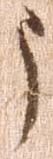
う